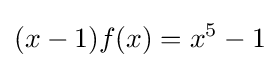
(x-1)f(x)=x^{5}-1